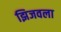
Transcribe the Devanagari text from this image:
झिजवला